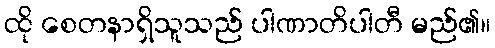
ထို စေတနာရှိသူသည် ပါဏာတိပါတီ မည်၏။